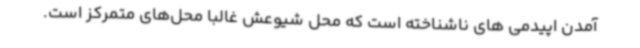
آمدن اپیدمی های ناشناخته است که محل شیوعش غالباً محل‌های متمرکز است.